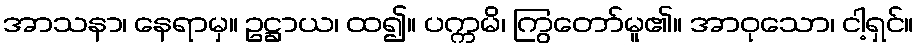
အာသနာ၊ နေရာမှ။ ဥဋ္ဌာယ၊ ထ၍။ ပက္ကမိ၊ ကြွတော်မူ၏။ အာဝုသော၊ ငါ့ရှင်။